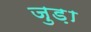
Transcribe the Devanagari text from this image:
जुड़़ा